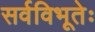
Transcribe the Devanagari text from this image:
सर्वविभूतेः